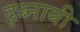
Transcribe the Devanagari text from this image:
इब्नाबी